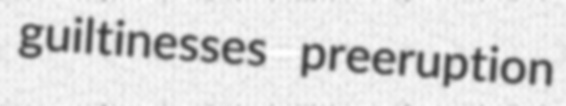
guiltinesses preeruption